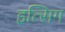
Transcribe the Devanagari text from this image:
इत्सिग